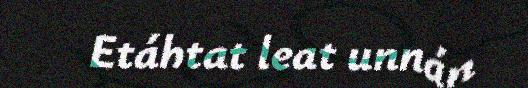
Etáhtat leat unnán